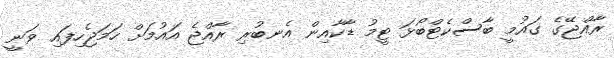
ރާއްޖޭގެ ގައުމީ ބާސްކެޓްބޯޅަ ޓީމު ޑާކާއިން އެނބުރި ރާއްޖެ އައުމަށް ހަމަޖެހިފައި ވަނީ